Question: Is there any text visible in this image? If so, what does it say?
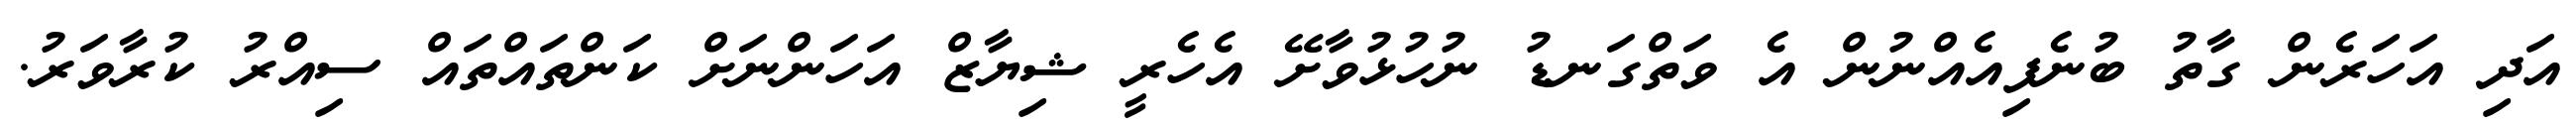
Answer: އަދި އަހަރެން ގާތު ބުނެފިއެއްނުން އެ ވަތްގަނޑު ނުހުޅުވާށޭ އެހެރީ ޝިޔާޒް އަހަންނަށް ކަންތައްތައް ސިއްރު ކުރާވަރު.